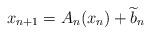
LaTeX: \begin{align*}x_{n+1}=A_{n}(x_{n})+\widetilde{b}_{n} \end{align*}